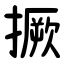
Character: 撅